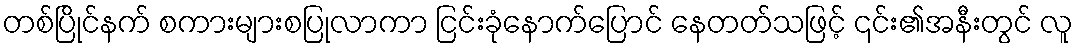
တစ်ပြိုင်နက် စကားများစပြုလာကာ ငြင်းခုံနောက်ပြောင် နေတတ်သဖြင့် ၎င်း၏အနီးတွင် လူ